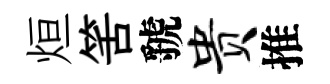
烜筈虢贵推